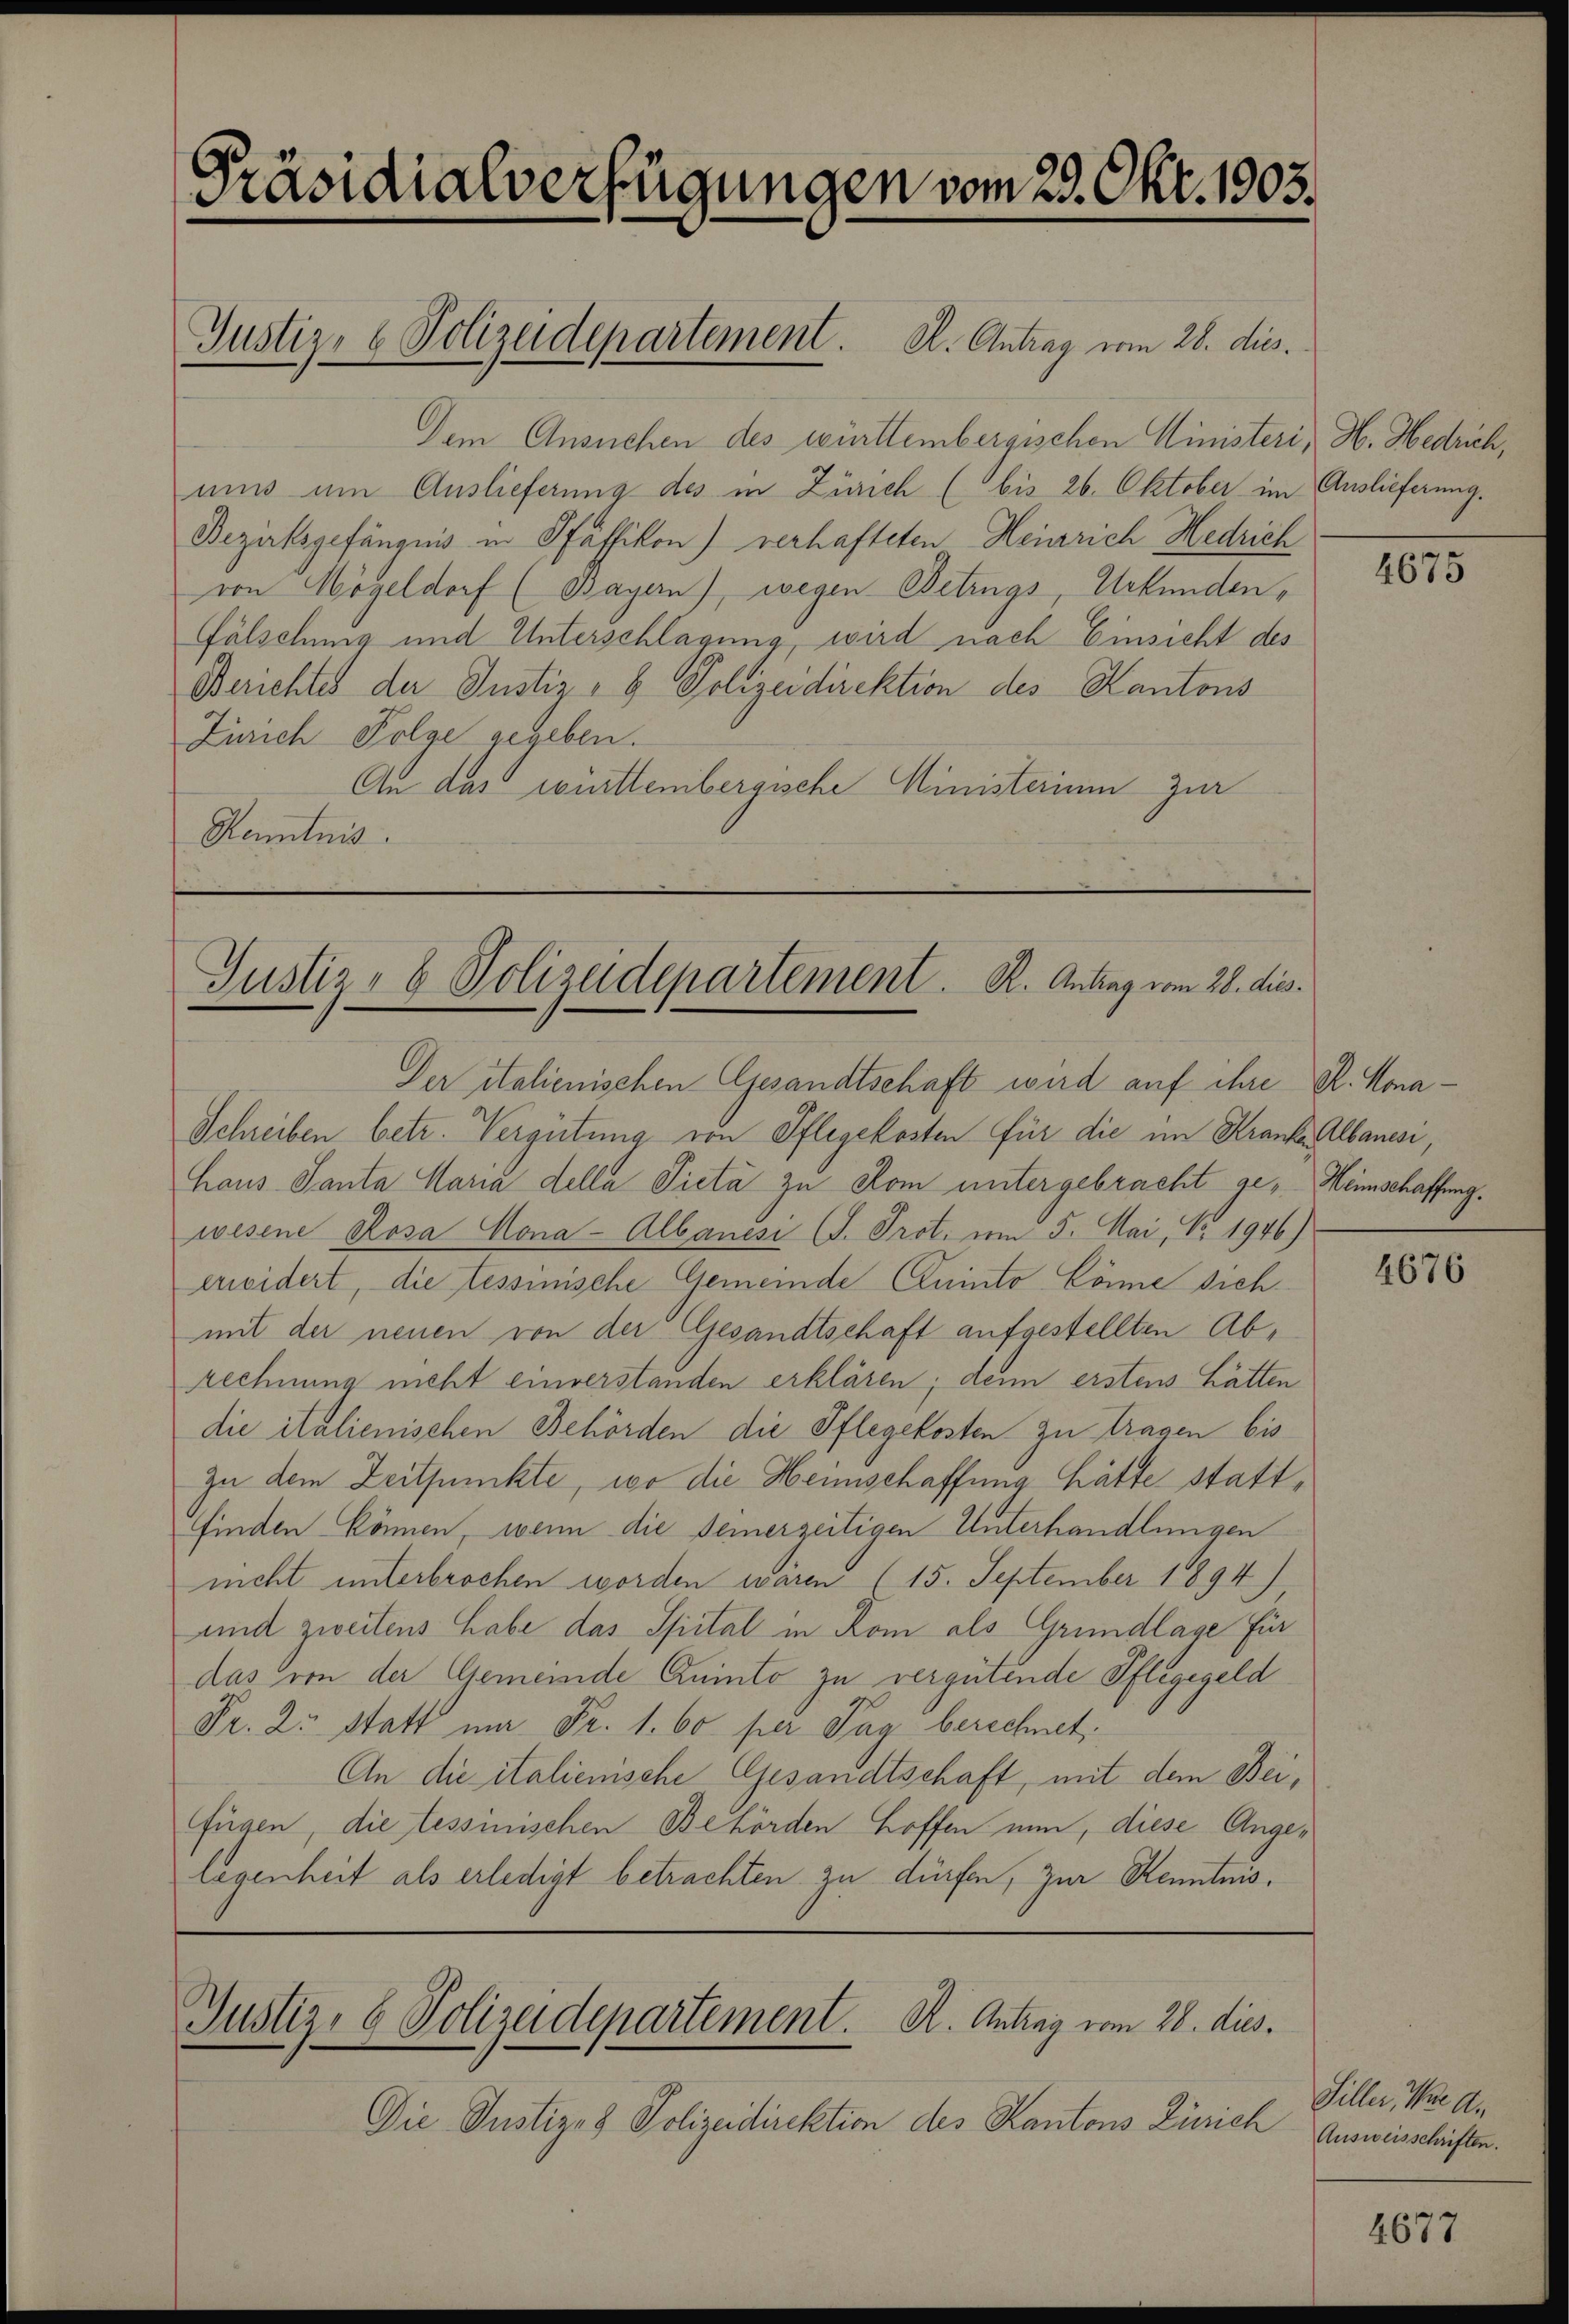
Präsidialverfügungen vom 25. Okt. 1903.

Dem Ansuchen des württembergischen Ministeri, H. Hedrich,
muss um Auslieferung des in Zürich (bis 26. Oktober im Auslieferung.
Bezirksgefängnis in Pfäffikon) verhafteten Heinrich Hedrich
von Mögeldorf (Bayern), wegen Betrugs, Urkunden,
Fälschung und Unterschlagung, wird nach Einsicht des
Berichtes der Justiz- & Polizeidirektion des Kantons
Zürich Folge gegeben.
An das württembergische Ministerium zur
Renntnis.

Justiz- & Polizeidepartement. A. Antrag vom 28. die.

Justiz- & Polizeidepartement. R. Antrag vom 28. dies.

Der italienischen Gesandtschaft wird auf ihre R. Hona¬
Schreiben betr. Vergütung von Pflegekosten für die im Krankes Albanes,
haus Santa Maria della Picta zu Rom untergebracht ge- Heimschaffung.
wesene Rosa Mona-Albanesi (I. Prot. vom 5. Mai, No. 1946)
erweidert, die tessinische Gemeinde Quinto könne sich
mit der neuen von der Gesandtschaft aufgestellten Abrechnung nicht einverstanden erklären; denn erstens hätten
die italienischen Behörden die Pflegekosten zu tragen bis
zu dem Zeitpunkte, wo die Heimschaffung hätte stattfinden können, wenn die seinerzeitigen Unterhandlungen
nicht unterbrochen worden wären (15. September 1894)
und zweitens habe das Spital in Rom als Grundlage für
das von der Gemeinde Quinto zu vergütende Pflegegeld
Fr. 2. Statt ma Fr. 1. 60 per Tag berechnet.
An die italienische Gesandtschaft, mit dem Beifügen, die tessinischen Behörden hoffen nun, diese Angelegenheit als erledigt betrachten zu dürfen, zur Kenntnis.

Justiz- & Polizeidepartement. R. Antrag vom 28. dies.

Die Justiz- & Polizeidirektion des Kantons Zürich

4675

4676

eller, Prell,
Ausweisschriften.

4677